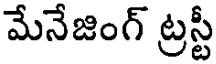
మేనేజింగ్ ట్రస్టీ